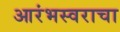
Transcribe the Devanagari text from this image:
आरंभस्वराचा